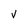
Character: v